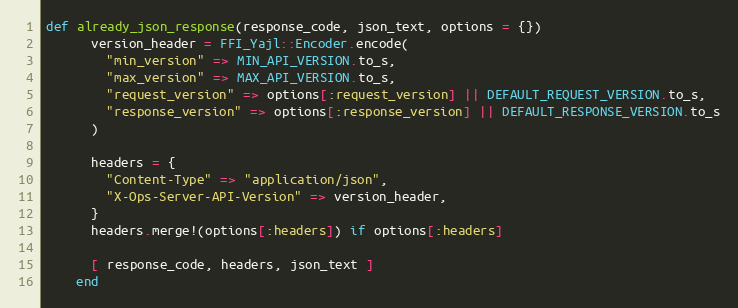
Language: Ruby
def already_json_response(response_code, json_text, options = {})
      version_header = FFI_Yajl::Encoder.encode(
        "min_version" => MIN_API_VERSION.to_s,
        "max_version" => MAX_API_VERSION.to_s,
        "request_version" => options[:request_version] || DEFAULT_REQUEST_VERSION.to_s,
        "response_version" => options[:response_version] || DEFAULT_RESPONSE_VERSION.to_s
      )

      headers = {
        "Content-Type" => "application/json",
        "X-Ops-Server-API-Version" => version_header,
      }
      headers.merge!(options[:headers]) if options[:headers]

      [ response_code, headers, json_text ]
    end